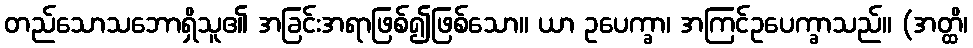
တည်သောသဘောရှိသူ၏ အခြင်းအရာဖြစ်၍ဖြစ်သော။ ယာ ဥပေက္ခာ၊ အကြင်ဥပေက္ခာသည်။ (အတ္ထိ၊